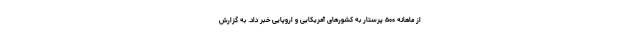
از ماهانه ۵۰۰ پرستار به کشور‌های آمریکایی و اروپایی خبر داد. به گزارش